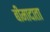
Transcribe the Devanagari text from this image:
बीमादाता